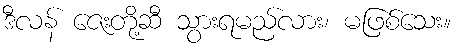
ဒီလန် ဇေးတို့ဆီ သွားရမည်လား၊ မဖြစ်သေး။